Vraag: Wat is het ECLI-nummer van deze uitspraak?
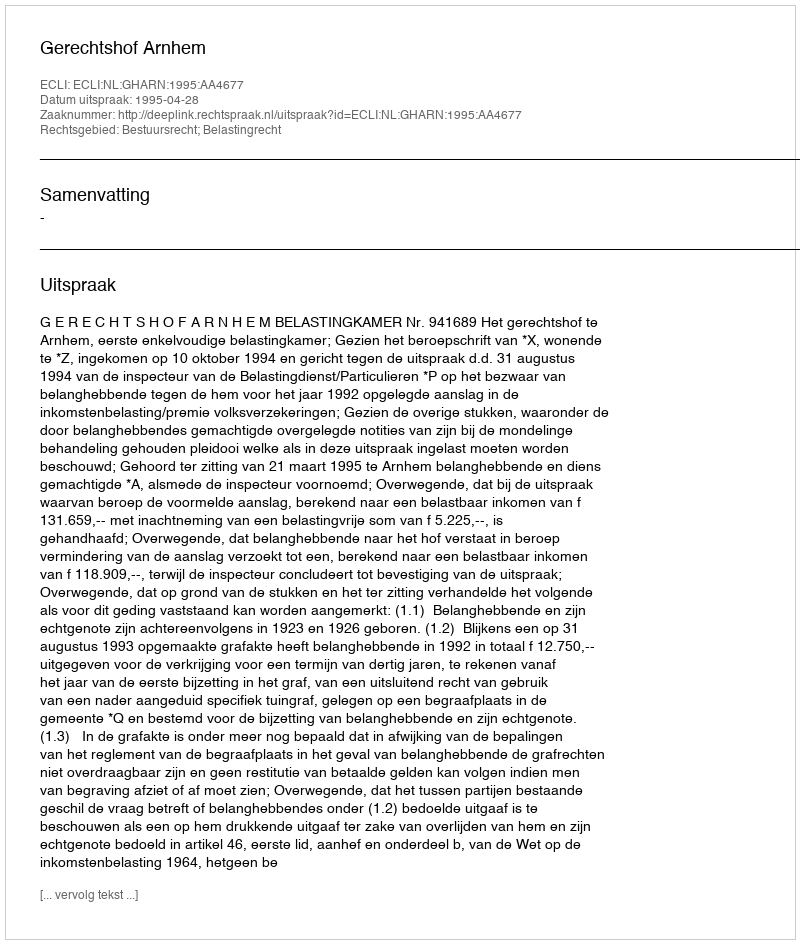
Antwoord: ECLI:NL:GHARN:1995:AA4677